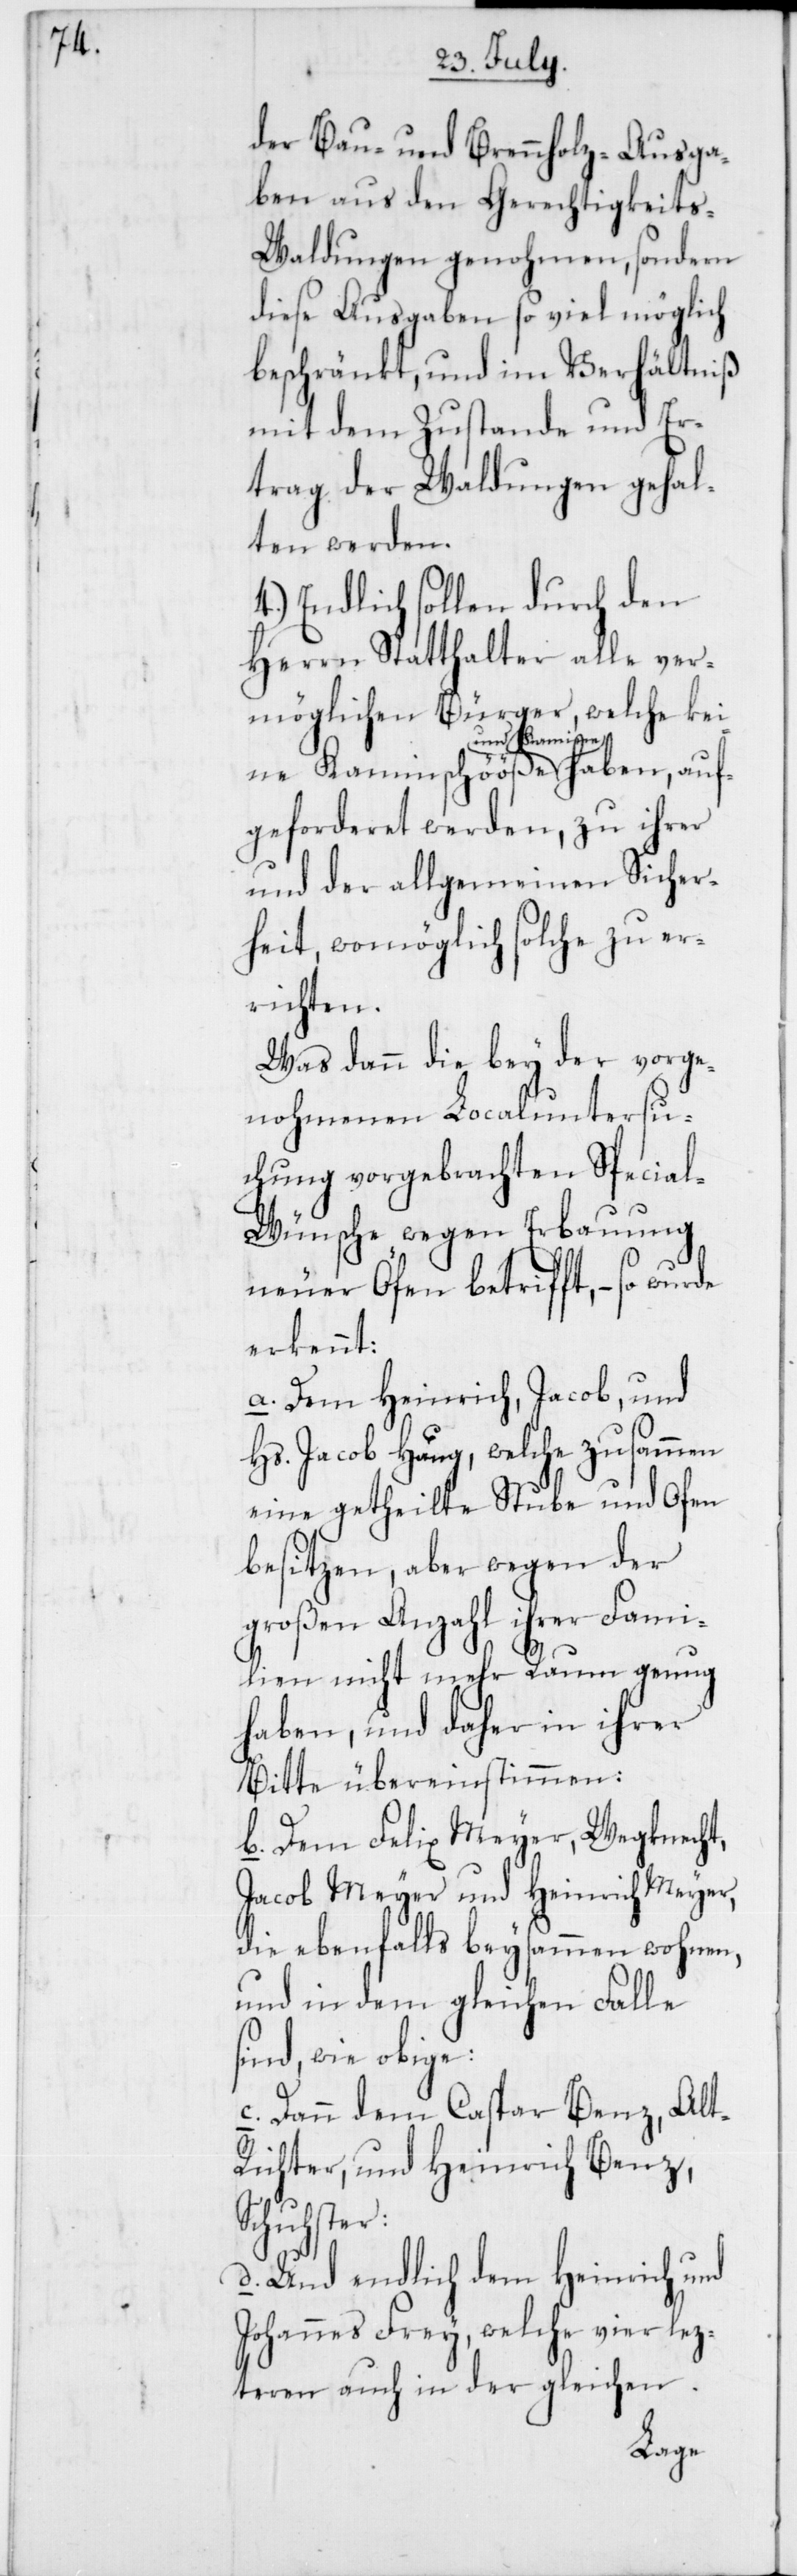
der Bau- und Brennholz-Ausga¬
ben aus den Gerechtigkeit¬
s-Waldungen genohmen, sondern
diese Ausgaben so viel möglich
beschränkt, und im Verhältniß
mit dem Zustande und Er¬
trag der Waldungen gehal¬
ten werden.
4.) Endlich sollen durch den
Herrn Statthalter alle ver¬
möglichen Bürger, welche keine
und Kamine haben, auf¬
geforderet werden, zu ihrer
und der allgemeinen Sicher¬
heit, womöglich solche zu er¬
richten.
Was dann die bey der vorge¬
nohmenen Localuntersu¬
chung vorgebrachten Specia¬
l-Wünsche wegen Erbauung
neuer Öfen betrifft, – so
erkennt:
a. Dem Heinrich, Jacob, und
Hs. Jacob Haug, welche zusammen
eine getheilte Stube und Ofen
besitzen, aber wegen der
großen Anzahl ihrer Fami¬
lien nicht mehr Raum genug
haben, und daher in ihrer
Bitte übereinstimmen:
b. Dem Felix Meyer, Wegknecht;
Jacob Meyer und Heinrich Meyer,
die ebenfalls beysammen wohnen,
und in dem gleichen Falle
sind, wie obige;
c. Dann dem Caspar Benz, Alt-R¬
ichter, und Heinrich Benz,
Schuster:
d. Und endlich dem Heinrich und
Johannes Frey, welche vier lez¬
teren auch in der gleichen